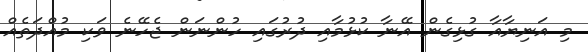
މި އަނިޔާއާ ގުޅިގެން އޭނާ ކުޅުމާއި ދުރުގައި ހުންނަން ޖެހޭނެ ވަކި މުއްދަތެއް